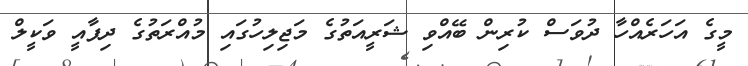
މީގެ އަހަރެއްހާ ދުވަސް ކުރިން ބޭއްވި ޝަރީއަތުގެ މަޖިލިހުގައި މުއްރަތުގެ ދިފާއީ ވަކީލް